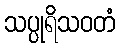
သပ္ပုရိသဝတံ